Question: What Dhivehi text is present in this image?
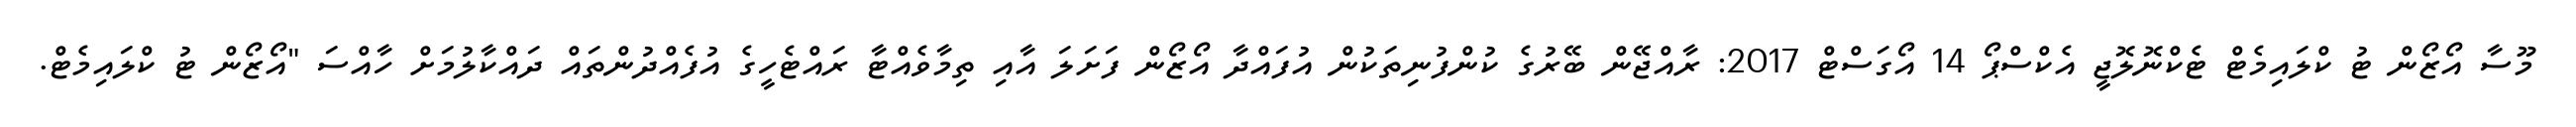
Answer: މޫސާ އޯޒޯން ޓު ކްލައިމެޓް ޓެކްނޮލޮޖީ އެކްސްޕޯ 14 އޯގަސްޓް 2017: ރާއްޖޭން ބޭރުގެ ކުންފުނިތަކުން އުފައްދާ އޯޒޯން ފަށަލަ އާއި ތިމާވެއްޓާ ރައްޓެހީގެ އުފެއްދުންތައް ދައްކާލުމަށް ހާއްސަ "އޯޒޯން ޓު ކްލައިމެޓް.